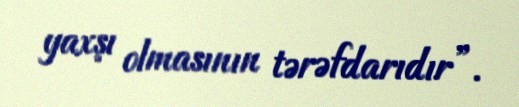
yaxşı olmasının tərəfdarıdır”.